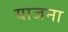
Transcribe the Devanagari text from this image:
याजना